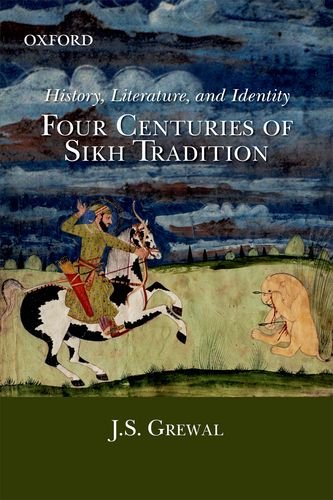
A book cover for History, Literature, And Identity: Four Centuries of Sikh Tradition; J.S. Grewal; Religion & Spirituality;